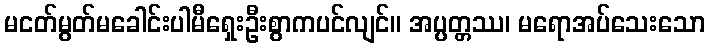
မငတ်မွတ်မခေါင်းပါမီရှေးဦးစွာကပင်လျင်။ အပ္ပတ္တဿ၊ မရောအပ်သေးသော